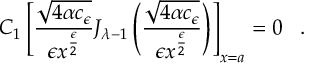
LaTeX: C _ { 1 } \left[ \frac { \sqrt { 4 \alpha c _ { \epsilon } } } { \epsilon x ^ { \frac { \epsilon } { 2 } } } J _ { { \lambda } - 1 } \left( \frac { \sqrt { 4 \alpha c _ { \epsilon } } } { \epsilon x ^ { \frac { \epsilon } { 2 } } } \right) \right] _ { x = a } = 0 \; \; \; .